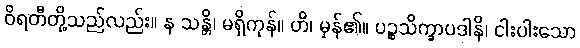
ဝိရတီတို့သည်လည်း။ န သန္တိ၊ မရှိကုန်။ ဟိ၊ မှန်၏။ ပဉ္စသိက္ခာပဒါနိ၊ ငါးပါးသော